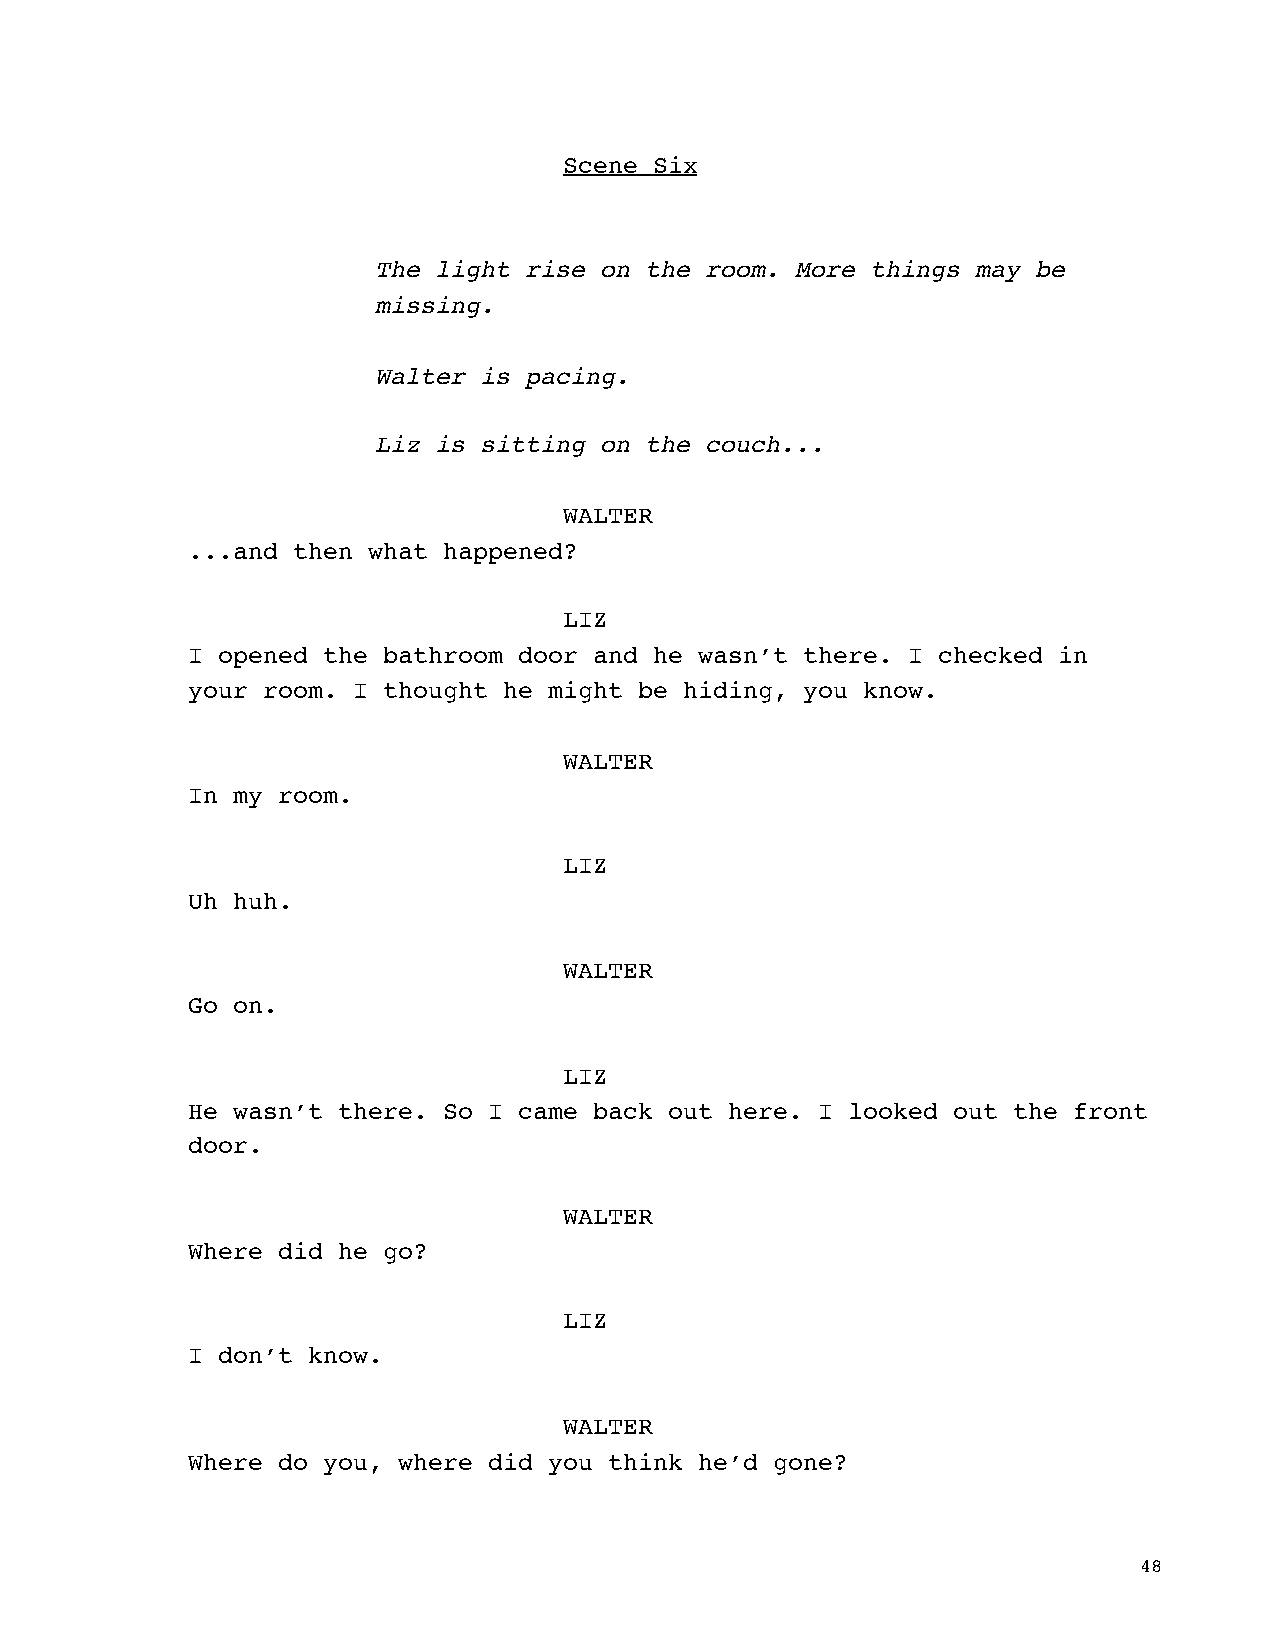
Scene Six
 The light rise on the room. More things may be
 missing.
 Walter is pacing.
 Liz is sitting on the couch...
 WALTER
 ...and then what happened?
 LIZ
 I opened the bathroom door and he wasn’t there. I checked in
 your room. I thought he might be hiding, you know.
 WALTER
 In my room.
 LIZ
 Uh huh.
 WALTER
 Go on.
 LIZ
 He wasn’t there. So I came back out here. I looked out the front
 door.
 WALTER
 Where did he go?
 LIZ
 I don’t know.
 WALTER
 Where do you, where did you think he’d gone?
 48